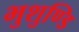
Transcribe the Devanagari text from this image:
भुशुण्डि